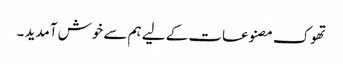
تھوک مصنوعات کے لیے ہم سے خوش آمدید ۔